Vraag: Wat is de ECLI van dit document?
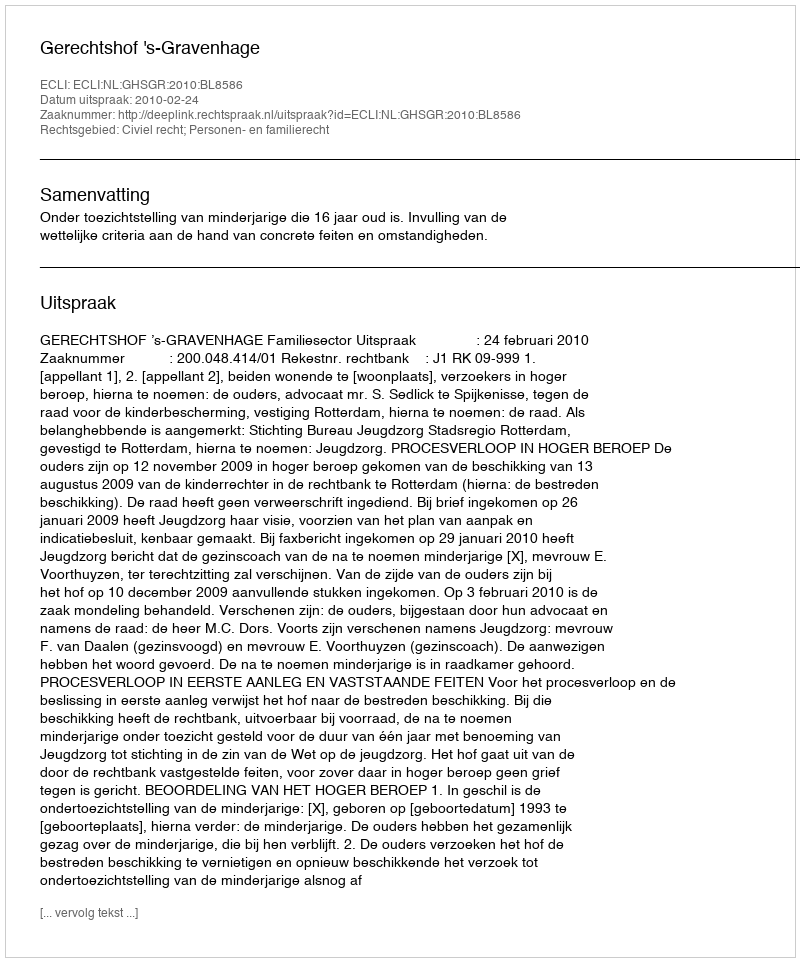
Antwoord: ECLI:NL:GHSGR:2010:BL8586